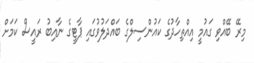
މިރޭ ބޭއްވި ގައުމީ އިއްތިހާދުގެ ކައުންސިލްގެ ބައްދަލުވުގައި ޕާޓީގެ ނާއިބު ރައީސް ކަމަށް